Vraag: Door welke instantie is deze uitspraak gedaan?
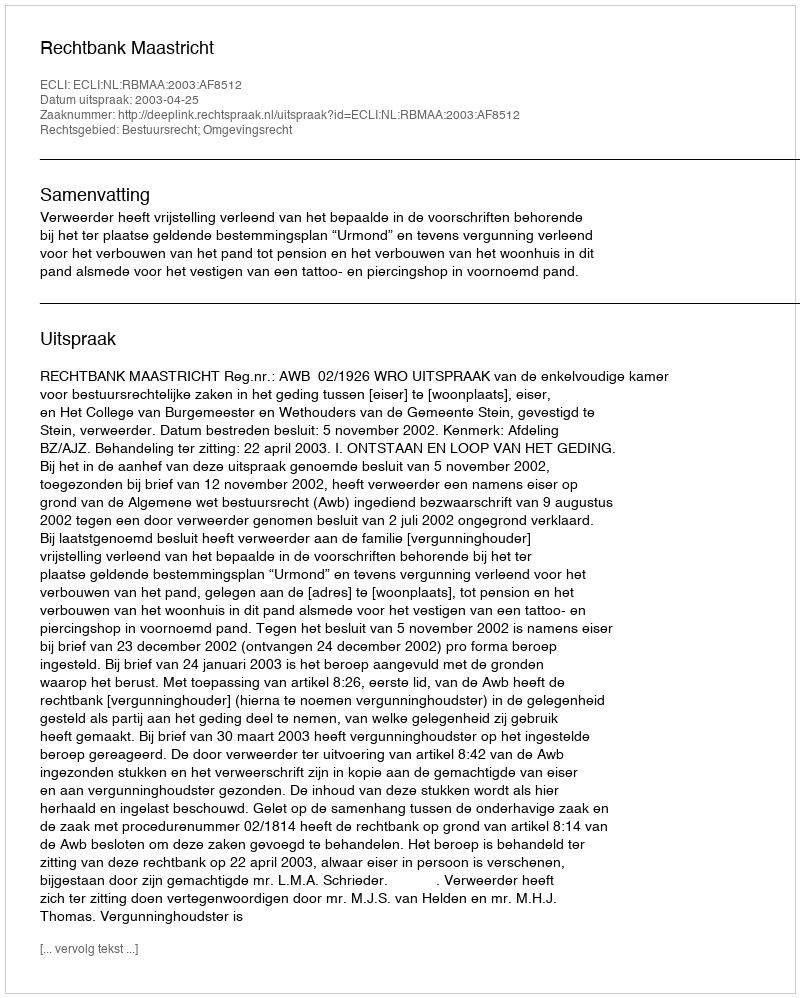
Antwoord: Rechtbank Maastricht